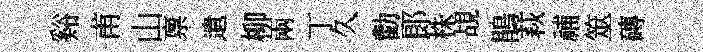
谿甫山禀遺柳兩丁久勸郞株覘鵑萩𥙷筮磚